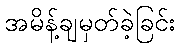
အမိန့်ချမှတ်ခဲ့ခြင်း